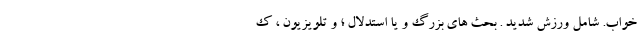
خواب. شامل ورزش شدید . بحث های بزرگ و یا استدلال ؛ و تلویزیون ، ک